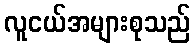
လူငယ်အများစုသည်